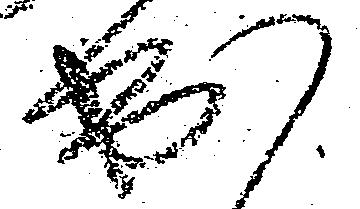
出